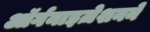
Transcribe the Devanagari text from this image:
ऑर्गनाइज़ेशनने